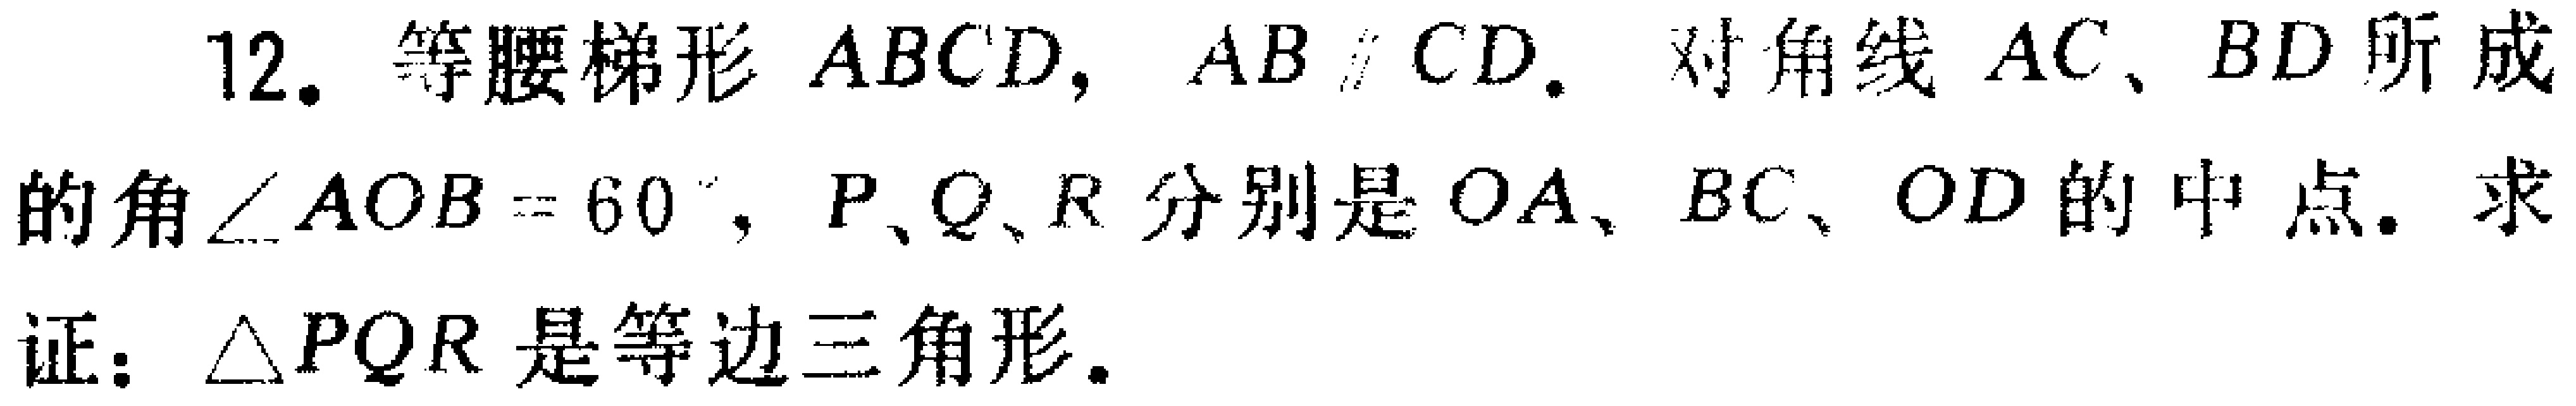
12. 等腰梯形 \(ABCD\)，\(AB\parallel CD\)。对角线 \(AC\)、\(BD\) 所成的角 \(\angle AOB = 60^{\circ}\)，\(P\)、\(Q\)、\(R\) 分别是 \(OA\)、\(BC\)、\(OD\) 的中点。求证：\(\triangle PQR\) 是等边三角形。